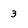
Character: 3